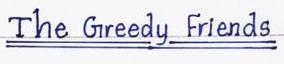
The Greedy Friends